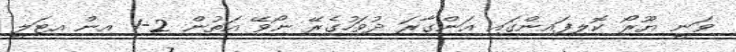
ވަނީ ޔޫރޯ ކޮލިފައިންގައި އަންގާރަ ދުވަހުގެރޭ ނޯވޭ އަތުން 2-1 އިން އިޓަލީ